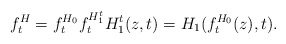
\begin{align*}f_{t}^{H}=f_{t}^{H_{0}}f_{t}^{H_{1}^{t}}H_{1}^{t}(z,t)=H_{1}(f_{t}^{H_{0}}(z),t). \end{align*}